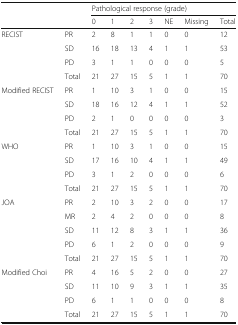
| <ROWSPAN=2>  | <ROWSPAN=2>  | <COLSPAN=7> Pathological response (grade) |
 | 0 | 1 | 2 | 3 | NE | Missing | Total |
 | --- | --- | --- | --- | --- | --- | --- | --- | --- |
 | <ROWSPAN=4> RECIST | PR | 2 | 8 | 1 | 1 | 0 | 0 | 12 |
 | SD | 16 | 18 | 13 | 4 | 1 | 1 | 53 |
 | PD | 3 | 1 | 1 | 0 | 0 | 0 | 5 |
 | Total | 21 | 27 | 15 | 5 | 1 | 1 | 70 |
 | <ROWSPAN=4> Modified RECIST | PR | 1 | 10 | 3 | 1 | 0 | 0 | 15 |
 | SD | 18 | 16 | 12 | 4 | 1 | 1 | 52 |
 | PD | 2 | 1 | 0 | 0 | 0 | 0 | 3 |
 | Total | 21 | 27 | 15 | 5 | 1 | 1 | 70 |
 | <ROWSPAN=4> WHO | PR | 1 | 10 | 3 | 1 | 0 | 0 | 15 |
 | SD | 17 | 16 | 10 | 4 | 1 | 1 | 49 |
 | PD | 3 | 1 | 2 | 0 | 0 | 0 | 6 |
 | Total | 21 | 27 | 15 | 5 | 1 | 1 | 70 |
 | <ROWSPAN=5> JOA | PR | 2 | 10 | 3 | 2 | 0 | 0 | 17 |
 | MR | 2 | 4 | 2 | 0 | 0 | 0 | 8 |
 | SD | 11 | 12 | 8 | 3 | 1 | 1 | 36 |
 | PD | 6 | 1 | 2 | 0 | 0 | 0 | 9 |
 | Total | 21 | 27 | 15 | 5 | 1 | 1 | 70 |
 | <ROWSPAN=4> Modified Choi | PR | 4 | 16 | 5 | 2 | 0 | 0 | 27 |
 | SD | 11 | 10 | 9 | 3 | 1 | 1 | 35 |
 | PD | 6 | 1 | 1 | 0 | 0 | 0 | 8 |
 | Total | 21 | 27 | 15 | 5 | 1 | 1 | 70 |